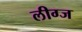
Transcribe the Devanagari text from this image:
लीग्ज